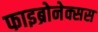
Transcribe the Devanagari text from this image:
फाइब्रोनेक्सस